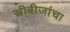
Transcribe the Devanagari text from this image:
स्त्रीबीजांचा